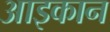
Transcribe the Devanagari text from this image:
आइकान